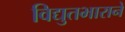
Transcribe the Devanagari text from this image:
विद्युतभाराने